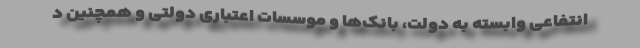
انتفاعی وابسته به دولت، بانک‌ها و موسسات اعتباری دولتی و همچنین د